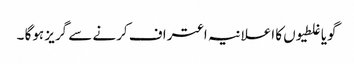
گویا غلطیوں کا اعلانیہ اعتراف کرنے سے گریز ہوگا ۔